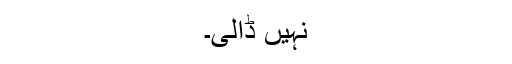
نہیں ڈالی۔